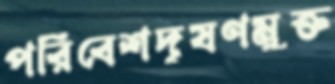
পরিবেশদূষণমুক্ত